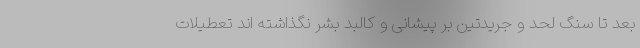
بعد تا سنگ لحد و جریدتین بر پیشانی و کالبد بشر نگذاشته اند تعطیلات